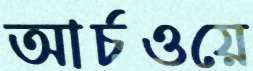
আর্চওয়ে